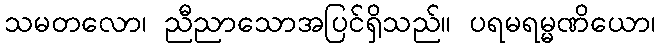
သမတလော၊ ညီညာသောအပြင်ရှိသည်။ ပရမရမ္မဏိယော၊